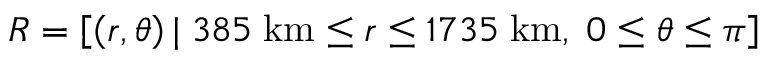
R = \left[ \left( r , \theta \right) | \; 3 8 5 \; \mathrm { k m } \leq r \leq 1 7 3 5 \; \mathrm { k m } , \; 0 \leq \theta \leq \pi \right]